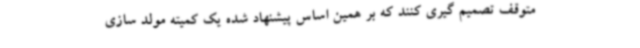
متوقف تصمیم گیری کنند که بر همین اساس پیشنهاد شده یک کمیته مولد سازی